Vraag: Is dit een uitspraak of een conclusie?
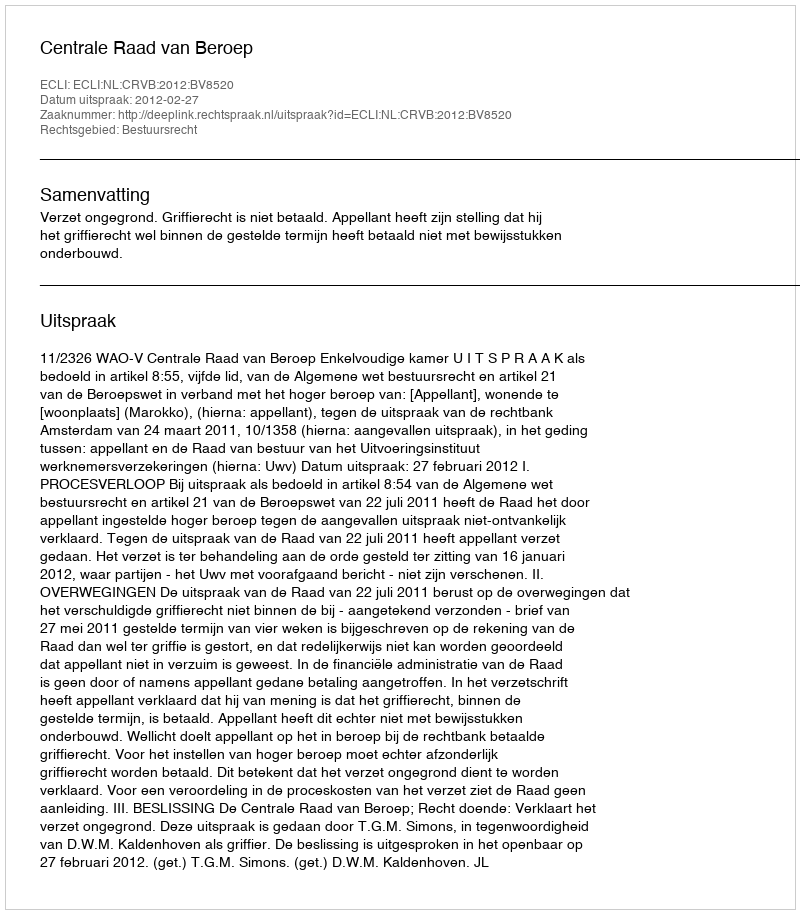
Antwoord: Uitspraak